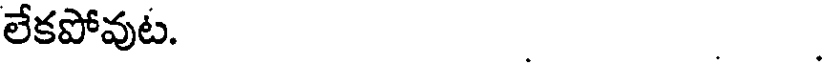
లేకపోవుట. .